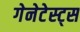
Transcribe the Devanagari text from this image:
गेनेटेस्ट्स